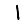
Digit: 1